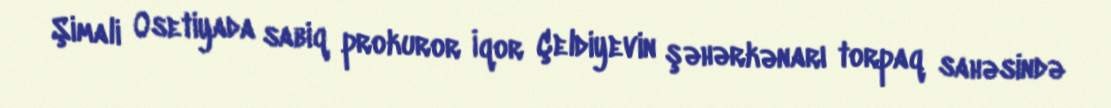
Şimali Osetiyada sabiq prokuror İqor Çeldiyevin şəhərkənarı torpaq sahəsində